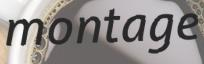
montage